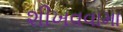
શીખવવામા